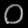
Digit: ၀